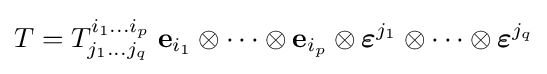
T=T_{j_{1}\dots j_{q}}^{i_{1}\dots i_{p}}\;\mathbf {e} _{i_{1}}\otimes \cdots \otimes \mathbf {e} _{i_{p}}\otimes {\boldsymbol {\varepsilon }}^{j_{1}}\otimes \cdots \otimes {\boldsymbol {\varepsilon }}^{j_{q}}